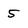
Character: 5